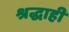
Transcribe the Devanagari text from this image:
श्रद्धाही